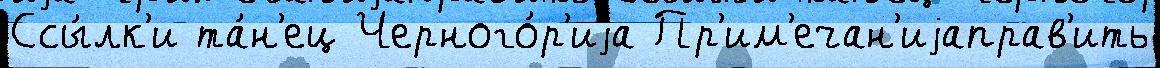
Ссы́лк'и та́н'ец Черного́р'иjа Пр'им'ечан'иjаправ'ить